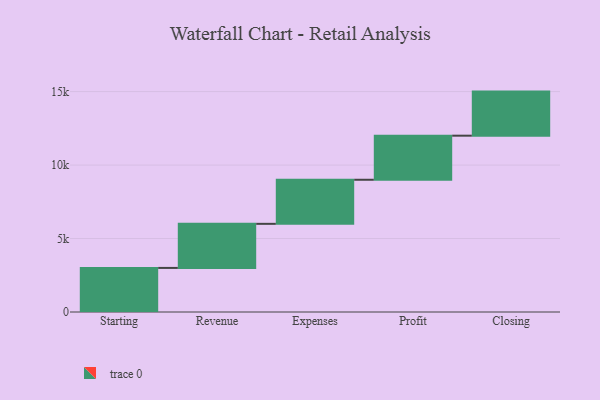
{"axis": {"x": "Step", "y": "Value"}, "legend": [""], "data": [{"x": "Starting", "y": 3000, "type": ""}, {"x": "Revenue", "y": 3000, "type": ""}, {"x": "Expenses", "y": 3000, "type": ""}, {"x": "Profit", "y": 3000, "type": ""}, {"x": "Closing", "y": 3000, "type": ""}]}